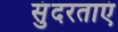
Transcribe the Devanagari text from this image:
सुंदरताएं